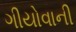
ગીયોવાની